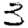
Digit: 3